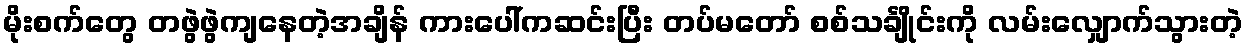
မိုးစက်တွေ တဖွဲဖွဲကျနေတဲ့အချိန် ကားပေါ်ကဆင်းပြီး တပ်မတော် စစ်သင်္ချိုင်းကို လမ်းလျှောက်သွားတဲ့